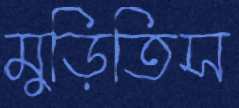
মুড়িতিস